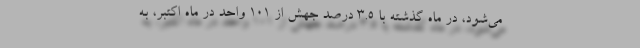
می‌شود، در ماه گذشته با ۳.۵ درصد جهش از ۱۰۱ واحد در ماه اکتبر، به